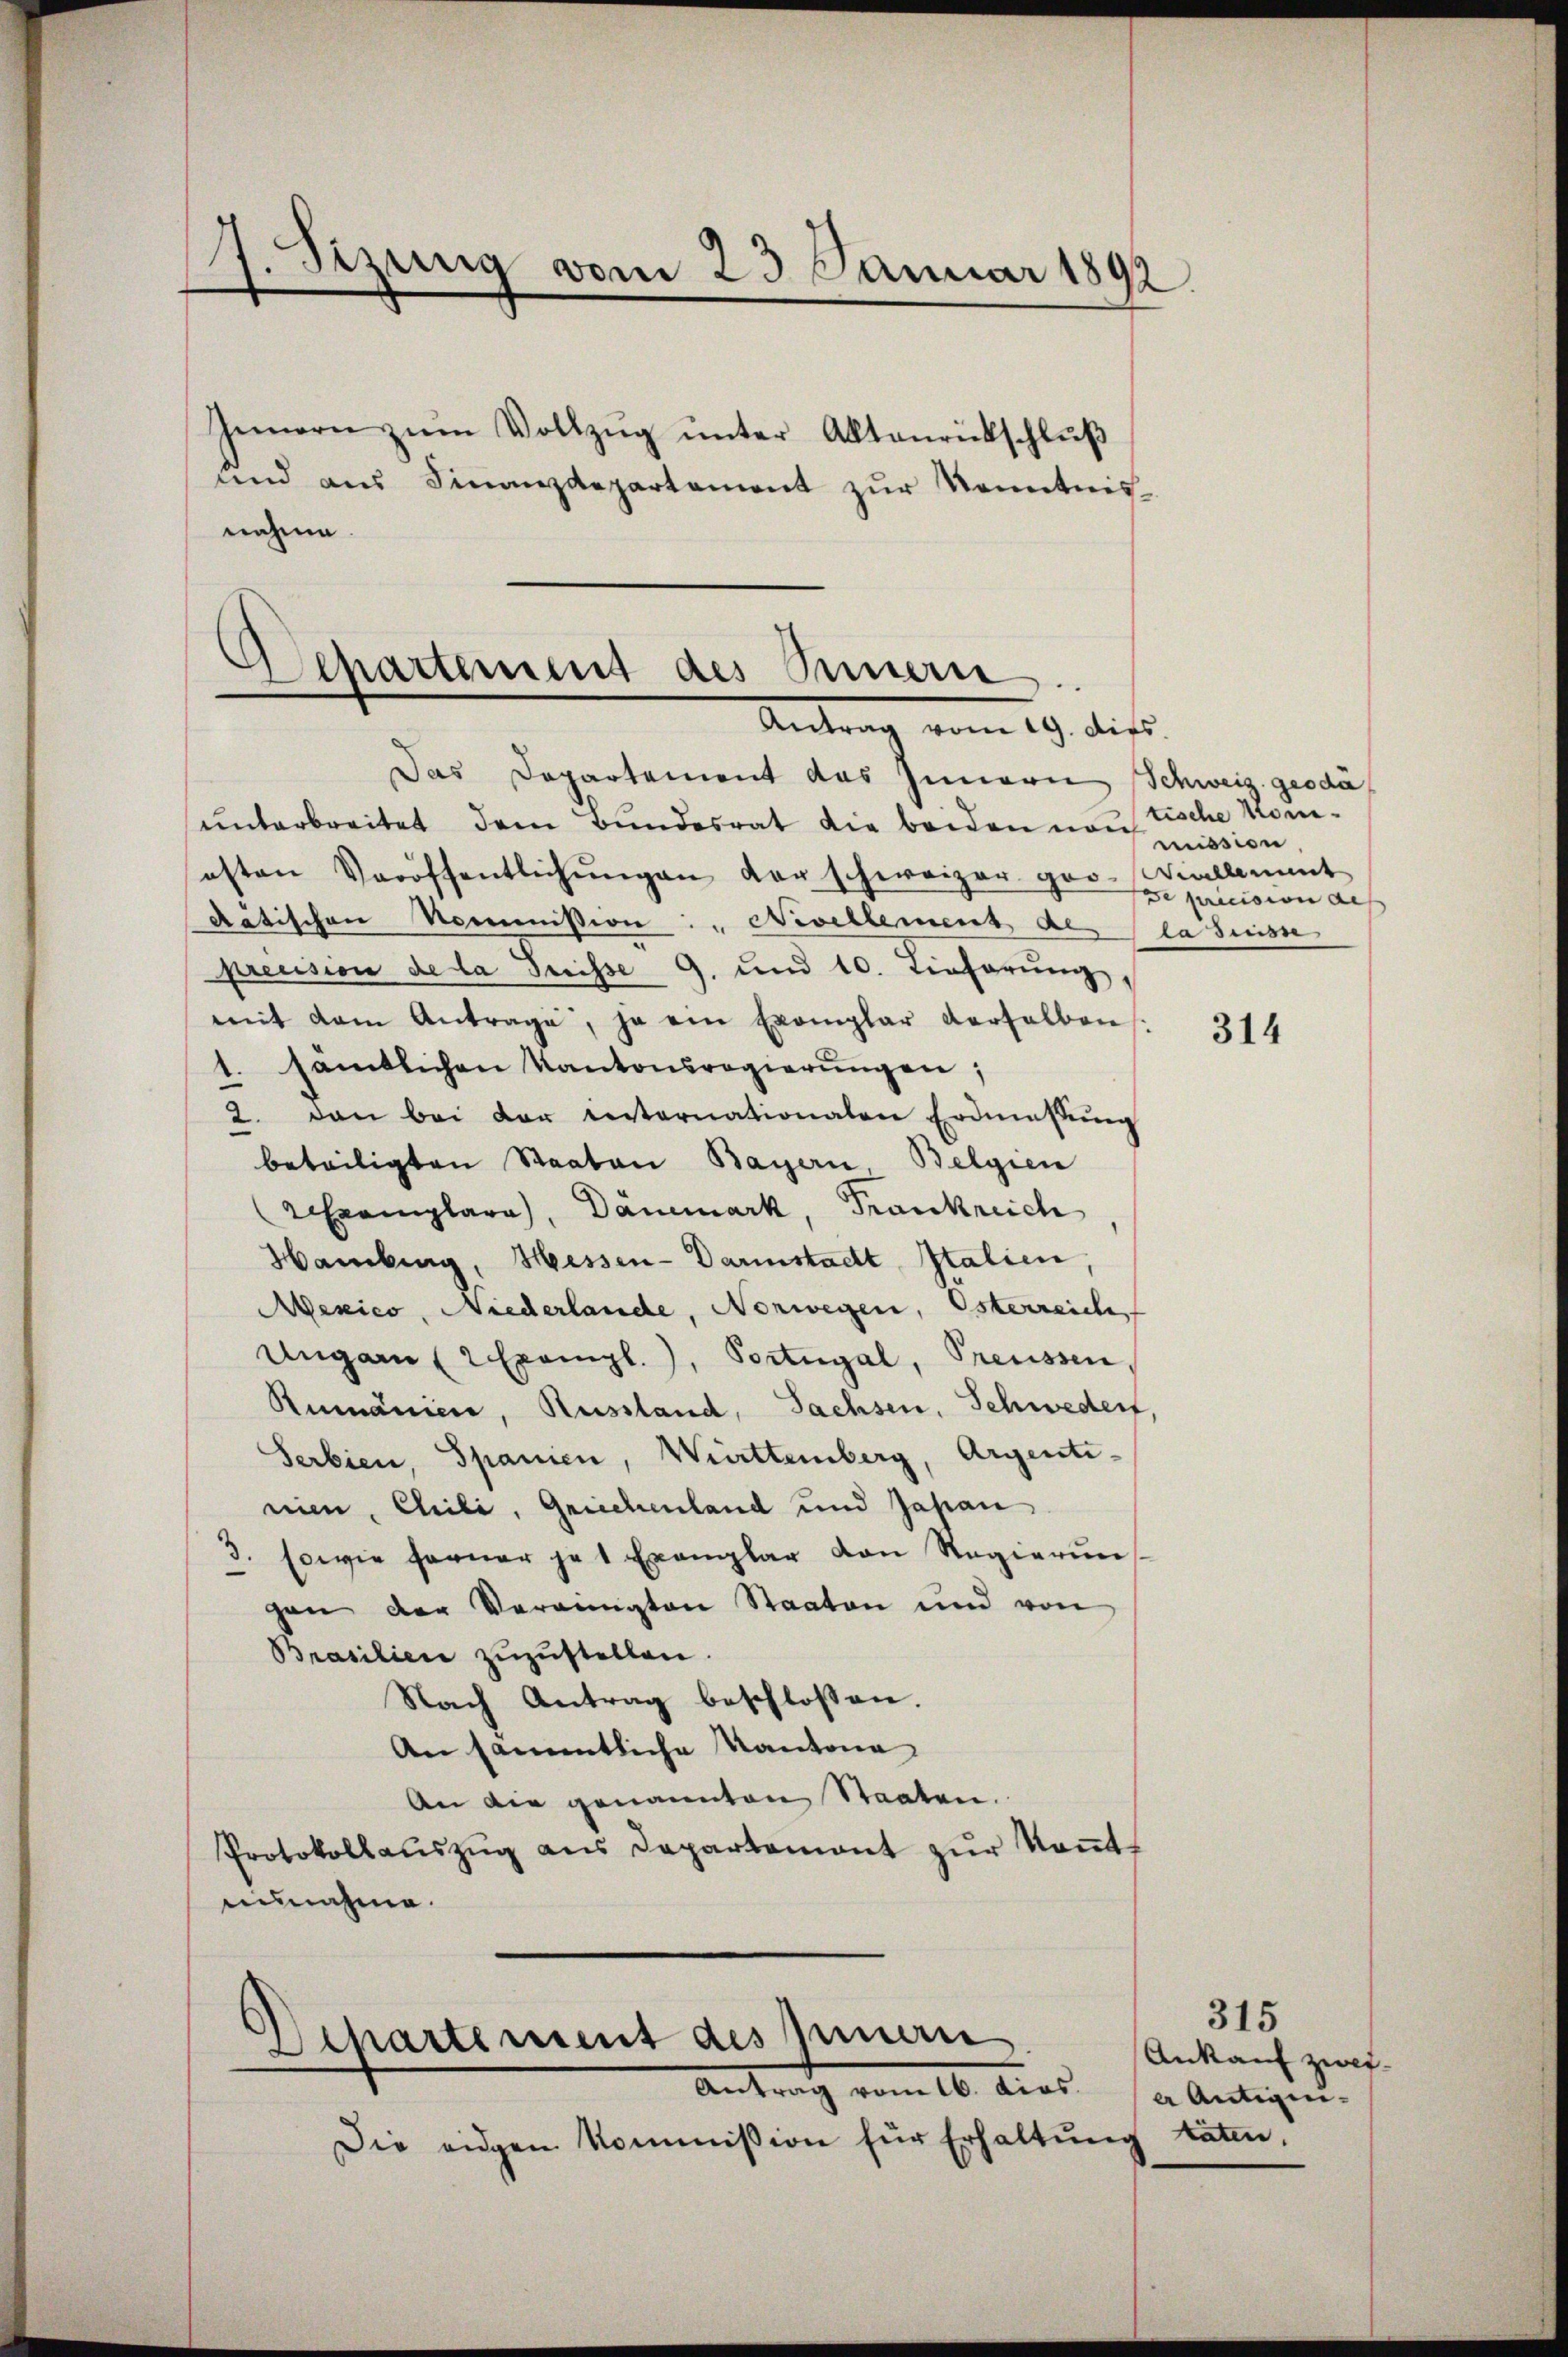
g
1. Sizung vom 23. Januar 1892.

nahme.

Innern zŭm Vollzŭg ŭnter Aktenrückschlŭβ
und aus Finanzdepartement zur Kenntnis-

Departement des Sinnern.
—
Antrag vom 19. dieß

Das Departement das Innern Schweiz. geoda
unterbreitet dem Bundesrat die beiden noch mission
esten Veröffentlichŭngen der schweizer gro-Villamt
datischen Nommission: " Nivellement des la suisse
precision de la Suisse 9. und 10. Einfarŭng,
mit dem Antrage, ja ein Exemplar derselben
1. sämtlichen Kantonsregierungen;
2. dann bei der internationaten Erdmassŭng
beteiligten Staaten Bayern, Belgien
2 Exemplare), Dänemark, Frankreich
Hamburg, Hessen-Darmstadt Italien
Mexico, Niederlande, Norwegen, Osterreich
Ungarn 2 Exempl.), Portugal, Preussen
Rumänien, Russland, Sachsen, Schwederf
Serbien, Spanien, Württemberg, Argenti-
nien, Chili, Griechenland und Japan
3. sowie ferner je 1 Exemplar den Regierŭn
gen der Vereinigten Staaten und von
Brasilien zŭzŭstellen.
Nach Antrag beschlossen.
An sämmtliche Kantona
An die genannten Staaten.
Protokollaŭszŭg ans Departement zŭr Keṅt-
einnahme.

Departement des Innern
Antrag vom 16. dies

Die eidgen Kommission für Erhaltung taten.

tische Komde pricision de

314

Ankauf zwei-
a Antigen.

315